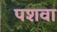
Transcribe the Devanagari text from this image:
पशवा